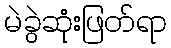
မဲခွဲဆုံးဖြတ်ရာ